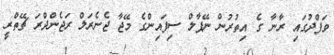
ވަފްދުގައި ރާނާ ގެ އިތުރުން ނޭޕާލް ސިފައިންގެ މޭޖާ ޖެނެރަލް ރަޖެންދްރަ ޗޭތްރީ